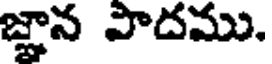
జ్ఞాన పాదము.